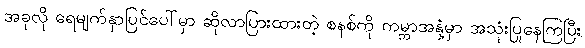
အခုလို ရေမျက်နှာပြင်ပေါ်မှာ ဆိုလာပြားထားတဲ့ စနစ်ကို ကမ္ဘာအနှံ့မှာ အသုံးပြုနေကြပြီး